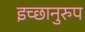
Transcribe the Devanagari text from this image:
इच्छानुरुप